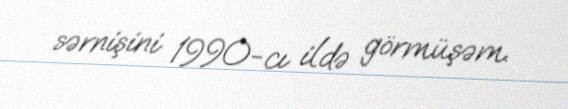
sərnişini 1990-cı ildə görmüşəm.